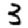
Digit: 3